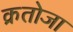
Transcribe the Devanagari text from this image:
क्रतोजा